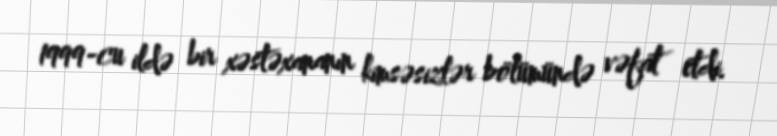
1999-cu ildə bir xəstəxananın kimsəsizlər bölümündə vəfat etdi.